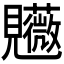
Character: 𧢤